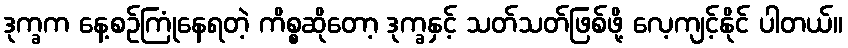
ဒုက္ခက နေ့စဉ်ကြုံနေရတဲ့ ကိစ္စဆိုတော့ ဒုက္ခနှင့် သတ်သတ်ဖြစ်ဖို့ လေ့ကျင့်နိုင် ပါတယ်။